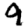
Digit: 9